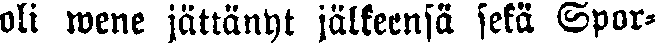
oli mene jättänyt jälkeensä sekä Spor-